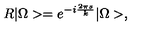
R | \Omega > = e ^ { - i \frac { 2 \pi s } { k } } | \Omega > ,